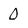
Character: 0